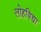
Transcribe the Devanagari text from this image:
लोहविद्या